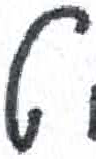
אות: ט